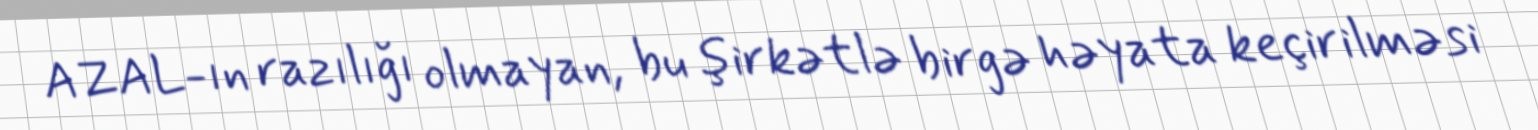
AZAL-ın razılığı olmayan, bu şirkətlə birgə həyata keçirilməsi